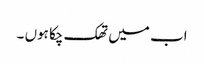
اب میں تھک چکا ہوں ۔